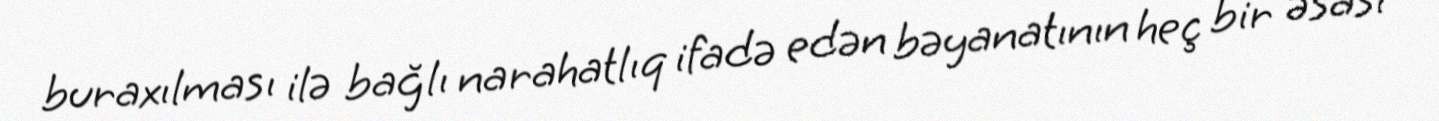
buraxılması ilə bağlı narahatlıq ifadə edən bəyanatının heç bir əsası